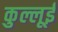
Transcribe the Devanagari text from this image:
कुल्लूई